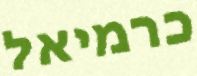
כרמיאל